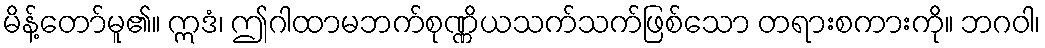
မိန့်တော်မူ၏။ ဣဒံ၊ ဤဂါထာမဘက်စုဏ္ဏိယသက်သက်ဖြစ်သော တရားစကားကို။ ဘဂဝါ၊